Summary of further report on surra
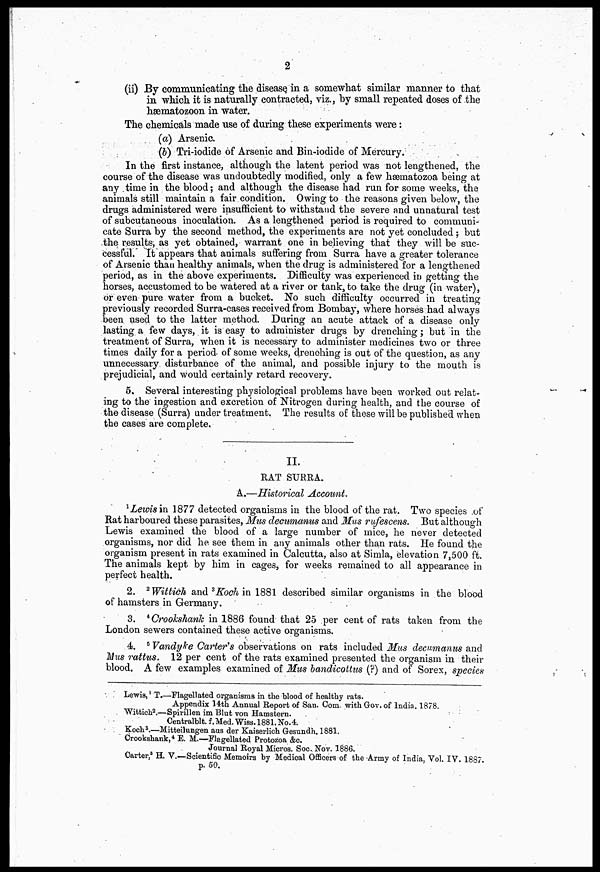
2
(ii) By communicating the disease in a somewhat similar manner to that
in which it is naturally contracted, viz., by small repeated doses of the
hæmatozoon in water.
The chemicals made use of during these experiments were:
(a) Arsenic.
(b) Tri-iodide of Arsenic and Bin-iodide of Mercury.
In the first instance, although the latent period was not lengthened, the
course of the disease was undoubtedly modified, only a few hæmatozoa being at
any time in the blood; and although the disease had run for some weeks, the
animals still maintain a fair condition. Owing to the reasons given below, the
drugs administered were insufficient to withstand the severe and unnatural test
of subcutaneous inoculation. As a lengthened period is required to communi-
cate Surra by the second method, the experiments are not yet concluded; but
the results, as yet obtained, warrant one in believing that they will be suc-
cessful. It appears that animals suffering from Surra have a greater tolerance
of Arsenic than healthy animals, when the drug is administered for a lengthened
period, as in the above experiments. Difficulty was experienced in getting the
horses, accustomed to be watered at a river or tank, to take the drug (in water),
or even pure water from a bucket. No such difficulty occurred in treating
previously recorded Surra-cases received from Bombay, where horses had always
been used to the latter method. During an acute attack of a disease only
lasting a few days, it is easy to administer drugs by drenching; but in the
treatment of Surra, when it is necessary to administer medicines two or three
times daily for a period of some weeks, drenching is out of the question, as any
unnecessary disturbance of the animal, and possible injury to the mouth is
prejudicial, and would certainly retard recovery.
5. Several interesting physiological problems have been worked out relat-
ing to the ingestion and excretion of Nitrogen during health, and the course of
the disease (Surra) under treatment. The results of these will be published when
the cases are complete.
II.
RAT SURRA.
A.—Historical Account.
1Lemsin 1877 detected organisms in the blood of the rat. Two species of
Rat harboured these parasites, Mus decamanus and Mus rufescens. But although
Lewis examined the blood of a large number of mice, he never detected
organisms, nor did he see them in any animals other than rats. He found the
organism present in rats examined in Calcutta, also at Simla, elevation 7,500 ft.
The animals kept by him in cages, for weeks remained to all appearance in
perfect health.
2. 2 Wittieh and ³ Koch in 1881 described similar organisms in the blood
of hamsters in Germany.
3. 4 Crookshanh in 1886 found that 25 per cent of rats taken from the
London sewers contained these active organisms.
4. 5 Vandyke Carter's observations on rats included Mus decumanus and
Mus rattus. 12 per cent of the rats examined presented the organism in their
blood. A few examples examined of Mus bandicottus (?) and of Sorex, species
Lewis, l T.—Flagellated organisms in the blood of healthy rata.
Appendix 14th Annual Report of San. Com. with Gov. of India. 1878.
WIttich 2 .—Spirillen im Blut von Hamstern.
Centralblt.f.Med.Wiss.l881.No.4:.
Koch 3 .—Mitteilungen aus der Kaiserlich Gesundh. 1881.
Crookshank, 4 E. M.—Flagellated Protozoa &c.
Journal Royal Micros. Soc. Nov. 1886.
Carter, 5 H. V.—Scientific Memoirs by Medical Officers of the Army of India, Vol. IV. 1887.
p. 50.